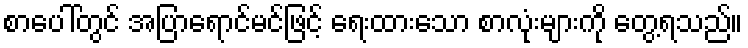
စာပေါ်တွင် အပြာရောင်မင်ဖြင့် ရေးထားသော စာလုံးများကို တွေ့ရသည်။